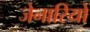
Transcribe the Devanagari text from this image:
जेनारियो